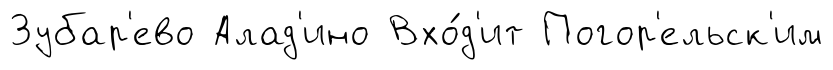
Зубар'ево Алад'ино Вхо́д'ит Погор'ельск'им